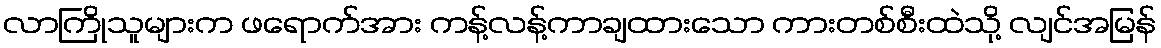
လာကြိုသူများက ဖရောက်အား ကန့်လန့်ကာချထားသော ကားတစ်စီးထဲသို့ လျင်အမြန်